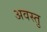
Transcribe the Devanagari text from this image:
अवस्तु